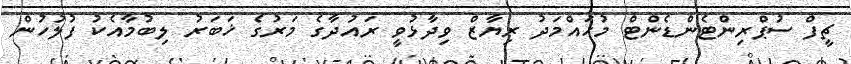
ޗީފް ސުޕްރިންޓެންޑެންޓް މުހައްމަދު ރިޔާޒް ވިދާޅުވީ ރައުދާގެ މަރުގެ ޚަބަރު ލިބުމާއެކު ފުލުހުން